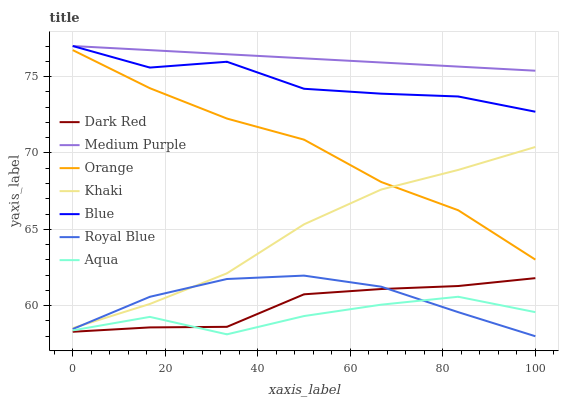
| xaxis_label | Dark Red | Medium Purple | Orange | Khaki | Blue | Royal Blue | Aqua |
 | --- | --- | --- | --- | --- | --- | --- | --- |
 | 0 | 58.3 | 77 | 76.7 | 58.5 | 77 | 58.5 | 58.4 |
 | 16.7 | 58.6 | 76.7 | 74.2 | 60.1 | 75.6 | 60.6 | 59.3 |
 | 33.3 | 58.6 | 76.5 | 72.3 | 62.1 | 76 | 61.7 | 58.1 |
 | 50 | 60.7 | 76.2 | 70.9 | 65.3 | 74.2 | 62 | 59.3 |
 | 66.7 | 61.1 | 75.9 | 68.1 | 67.6 | 73.9 | 61.2 | 60.1 |
 | 83.3 | 61.3 | 75.7 | 66.2 | 68.9 | 73.7 | 59.6 | 60.6 |
 | 100 | 61.8 | 75.4 | 63 | 70.4 | 72.7 | 58 | 59.6 |